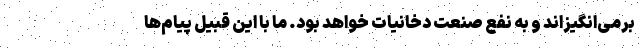
برمی‌انگیزاند و به نفع صنعت دخانیات خواهد بود. ما با این قبیل پیام‌ها